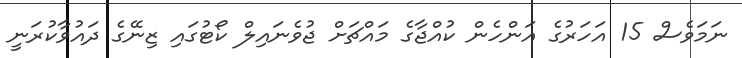
ނަމަވެސް 15 އަހަރުގެ އަންހެން ކުއްޖާގެ މައްޗަށް ޖުވެނައިލް ކޯޓުގައި ޒިނޭގެ ދައުވާކުރަނީ